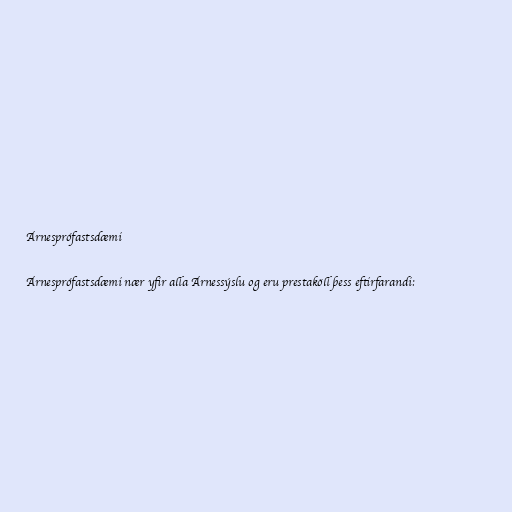
Árnesprófastsdæmi

Árnesprófastsdæmi nær yfir alla Árnessýslu og eru prestaköll þess eftirfarandi: